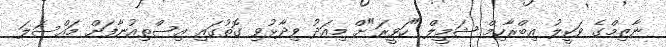
ނާޒިމްގެ ވަކީލު އިބްރާހިމް ޝަމީލް "ހަވީރަ"ށް މިއަދު ވިދާޅުވި ގޮތުގައި އިސްތިއުނާފަށް މައްސަލަ